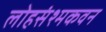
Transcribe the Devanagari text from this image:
लोहसंश्मकवन